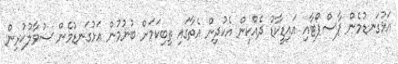
އަޅުގަނޑުމެން ޕާސްޕޯޓާއި އައިޑީކާޑު ދެއްކިން އެކުދިން އެތާގައި ތިބިކަމަށް ބުނުމުން އަޅުގަނޑުމެން ސުވާލުކުރިން